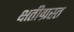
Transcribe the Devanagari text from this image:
क्षतीग्रस्त